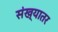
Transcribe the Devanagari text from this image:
संख्यातर